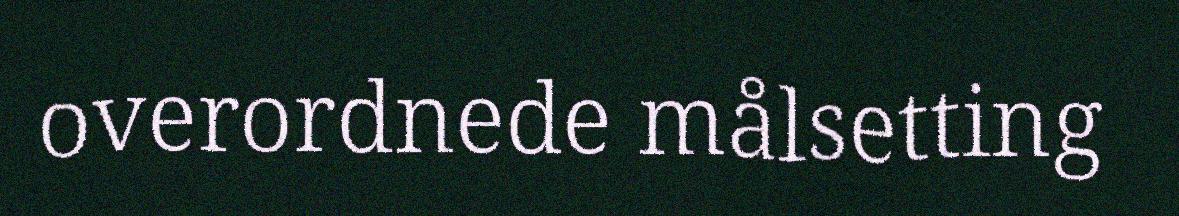
overordnede målsetting